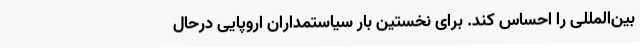
بین‌المللی را احساس کند. برای نخستین بار سیاستمداران اروپایی درحال